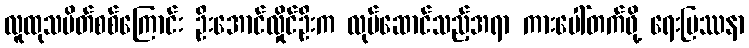
လူထုသပိတ်စစ်ကြောင်း ဦးအောင်လှိုင်ဦးက လုပ်ဆောင်သည့်အရာ ကားပေါ်တက်ဖို့ ရေးပြဿနာ